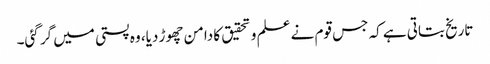
تاریخ بتاتی ہے کہ جس قوم نے علم و تحقیق کا دامن چھوڑ دیا، وہ پستی میں گر گئی۔